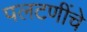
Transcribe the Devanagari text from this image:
पलटणींचे